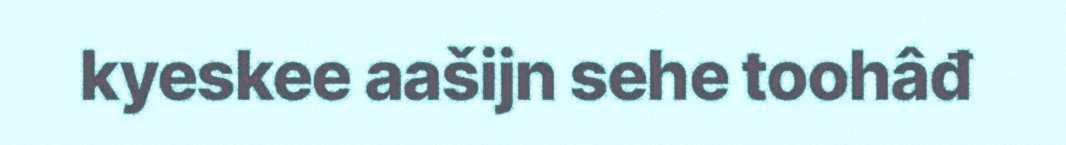
kyeskee aašijn sehe toohâđ